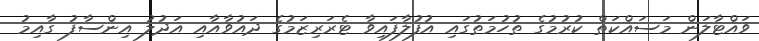
ވައްޓާލަން މަސައްކަތް ކުރުމުގެ ތުހުމަތުގައި އުފުލާފައިވާ ޓެރަރިޒަމުގެ ދައުވާއާއި އަދުލު އިންސާފު ގާއިމު